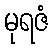
မုရဇံ